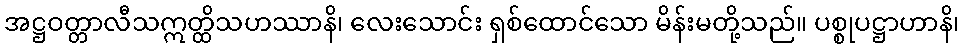
အဋ္ဌဝတ္တာလီသဣတ္ထိသဟဿာနိ၊ လေးသောင်း ရှစ်ထောင်သော မိန်းမတို့သည်။ ပစ္စုပဋ္ဌာဟာနိ၊